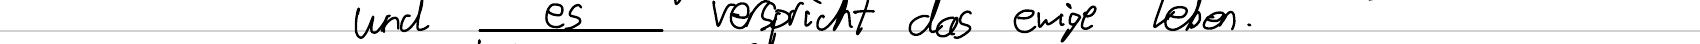
und es verspricht das ewige Leben.